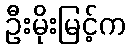
ဦးမိုးမြင့်က